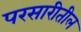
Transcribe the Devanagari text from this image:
परसारीतील